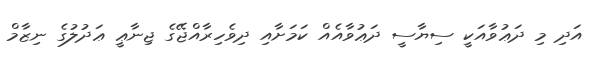
އަދި މި ދަޢުވާއަކީ ސިޔާސީ ދަޢުވާއެއް ކަމަށާއި ދިވެހިރާއްޖޭގެ ޖިނާޢީ ޢަދުލުގެ ނިޒާމް